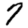
Digit: 7